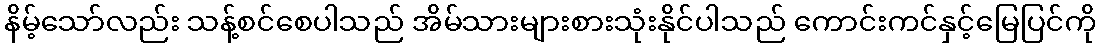
နိမ့်သော်လည်း သန့်စင်စေပါသည် အိမ်သားများစားသုံးနိုင်ပါသည် ကောင်းကင်နှင့်မြေပြင်ကို